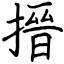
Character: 搢